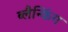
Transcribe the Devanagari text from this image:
ब्लैन्किंग